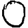
Digit: 0